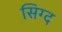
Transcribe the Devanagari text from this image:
सिग्द